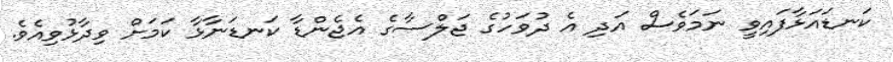
ކަނޑައަޅާފައިވީ ނަަމަވެސް އަދި އެ ދުވަހުގެ ޖަލްސާގެ އެޖެންޑާ ކަނޑަނާޅާ ކަމަށް ވިދާޅުވިއެވެ.